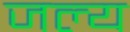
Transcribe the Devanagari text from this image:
जल्य